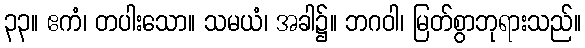
၃၃။ ဧကံ၊ တပါးသော။ သမယံ၊ အခါ၌။ ဘဂဝါ၊ မြတ်စွာဘုရားသည်။